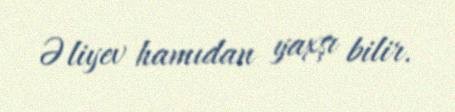
Əliyev hamıdan yaxşı bilir.